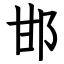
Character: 邯